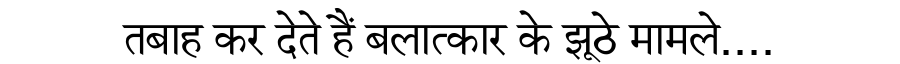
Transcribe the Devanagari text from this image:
तबाह कर देते हैं बलात्कार के झूठे मामले....